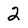
Character: 2